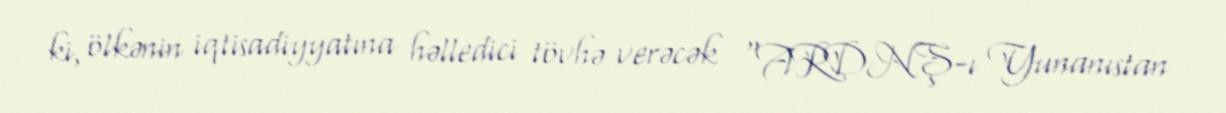
ki, ölkənin iqtisadiyyatına həlledici tövhə verəcək “ARDNŞ-ı Yunanıstan